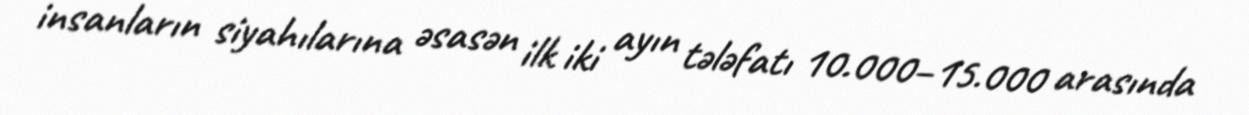
insanların siyahılarına əsasən ilk iki ayın tələfatı 10.000–15.000 arasında